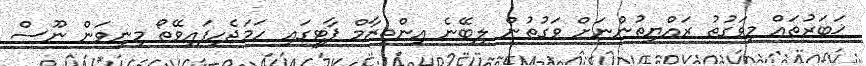
ޚަބަރުތައް މިވަގުތު ރައްޔިތުންނަށް ވަގުތުން ލިބޭނެ އިންތިޒާމް ޕާޓީގައި ހަމަޖެހިފައިވޭތޯ މިނިވަން ނޫސް